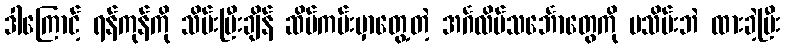
ဒါကြောင့် ရန်ကုန်ကို သိမ်းပြီးချိန် ဆိပ်ကမ်းမှာတွေ့တဲ့ အင်္ဂလိပ်သင်္ဘောတွေကို မသိမ်းဘဲ ထားခဲ့ပြီး